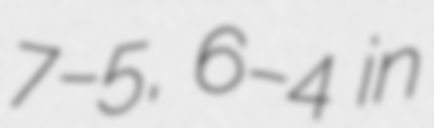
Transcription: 7–5, 6–4 in